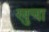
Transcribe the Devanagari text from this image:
खुचा